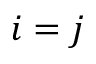
i = j